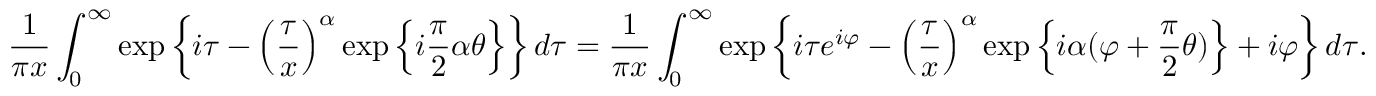
\frac { 1 } { \pi x } \int _ { 0 } ^ { \infty } \exp \left\{ i \tau - \left( \frac { \tau } { x } \right) ^ { \alpha } \exp \left\{ i \frac { \pi } { 2 } \alpha \theta \right\} \right\} d \tau = \frac { 1 } { \pi x } \int _ { 0 } ^ { \infty } \exp \left\{ i \tau e ^ { i \varphi } - \left( \frac { \tau } { x } \right) ^ { \alpha } \exp \left\{ i \alpha ( \varphi + \frac { \pi } { 2 } \theta ) \right\} + i \varphi \right\} d \tau .